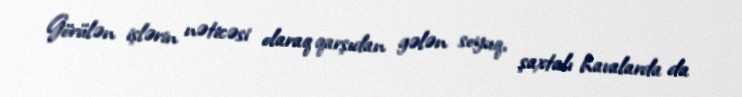
Görülən işlərin nəticəsi olaraq qarşıdan gələn soyuq, şaxtalı havalarda da